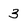
Character: 3